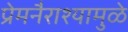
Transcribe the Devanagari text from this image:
प्रेमनैराश्‍यामुळे